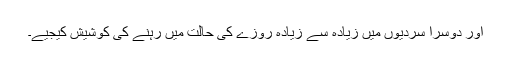
اور دوسرا سردیوں میں زیادہ سے زیادہ روزے کی حالت میں رہنے کی کوشیش کیجیے۔